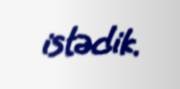
istədik.